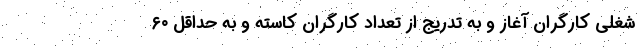
شغلی کارگران آغاز و به تدریج از تعداد کارگران کاسته و به حداقل ۶۰